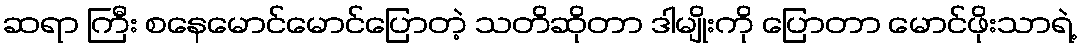
ဆရာ ကြီး စနေမောင်မောင်ပြောတဲ့ သတိဆိုတာ ဒါမျိုးကို ပြောတာ မောင်ဖိုးသာရဲ့